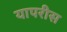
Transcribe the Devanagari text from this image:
यापरीस